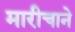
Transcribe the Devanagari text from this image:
मारीचाने